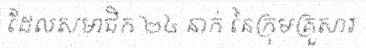
ដែលសមាជិក ២៤ នាក់ នៃក្រុមគ្រួសារ